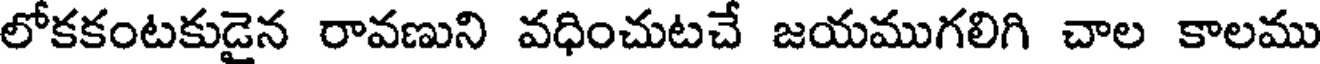
లోకకంటకుడైన రావణుని వధించుటచే జయముగలిగి చాల కాలము